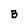
Character: B